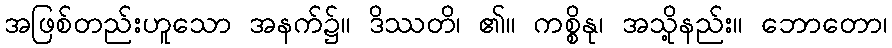
အဖြစ်တည်းဟူသော အနက်၌။ ဒိဿတိ၊ ၏။ ကစ္စိနု၊ အသို့နည်း။ ဘောတော၊